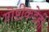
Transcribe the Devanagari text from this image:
गोष्टींकडेही